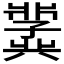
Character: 𫤵